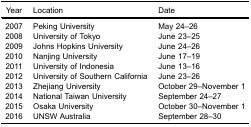
<table><thead><tr><td><b>Year</b></td><td><b>Location</b></td><td><b>Date</b></td></tr></thead><tbody><tr><td>2007</td><td>Peking University</td><td>May 24–26</td></tr><tr><td>2008</td><td>University of Tokyo</td><td>June 23–25</td></tr><tr><td>2009</td><td>Johns Hopkins University</td><td>June 24–26</td></tr><tr><td>2010</td><td>Nanjing University</td><td>June 17–19</td></tr><tr><td>2011</td><td>University of Indonesia</td><td>June 13–16</td></tr><tr><td>2012</td><td>University of Southern California</td><td>June 23–26</td></tr><tr><td>2013</td><td>Zhejiang University</td><td>October 29–November 1</td></tr><tr><td>2014</td><td>National Taiwan University</td><td>September 24–27</td></tr><tr><td>2015</td><td>Osaka University</td><td>October 30–November 1</td></tr><tr><td>2016</td><td>UNSW Australia</td><td>September 28–30</td></tr></tbody></table>